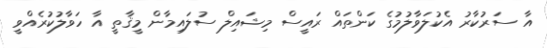
އާ ސަރުކާރު އެކުލަވާލުމުގެ ކަންތައް ރައީސް މިޝައިލް ސުލައިމާން މީޤާތީ އާ ހަވާލުކުރެއްވީ